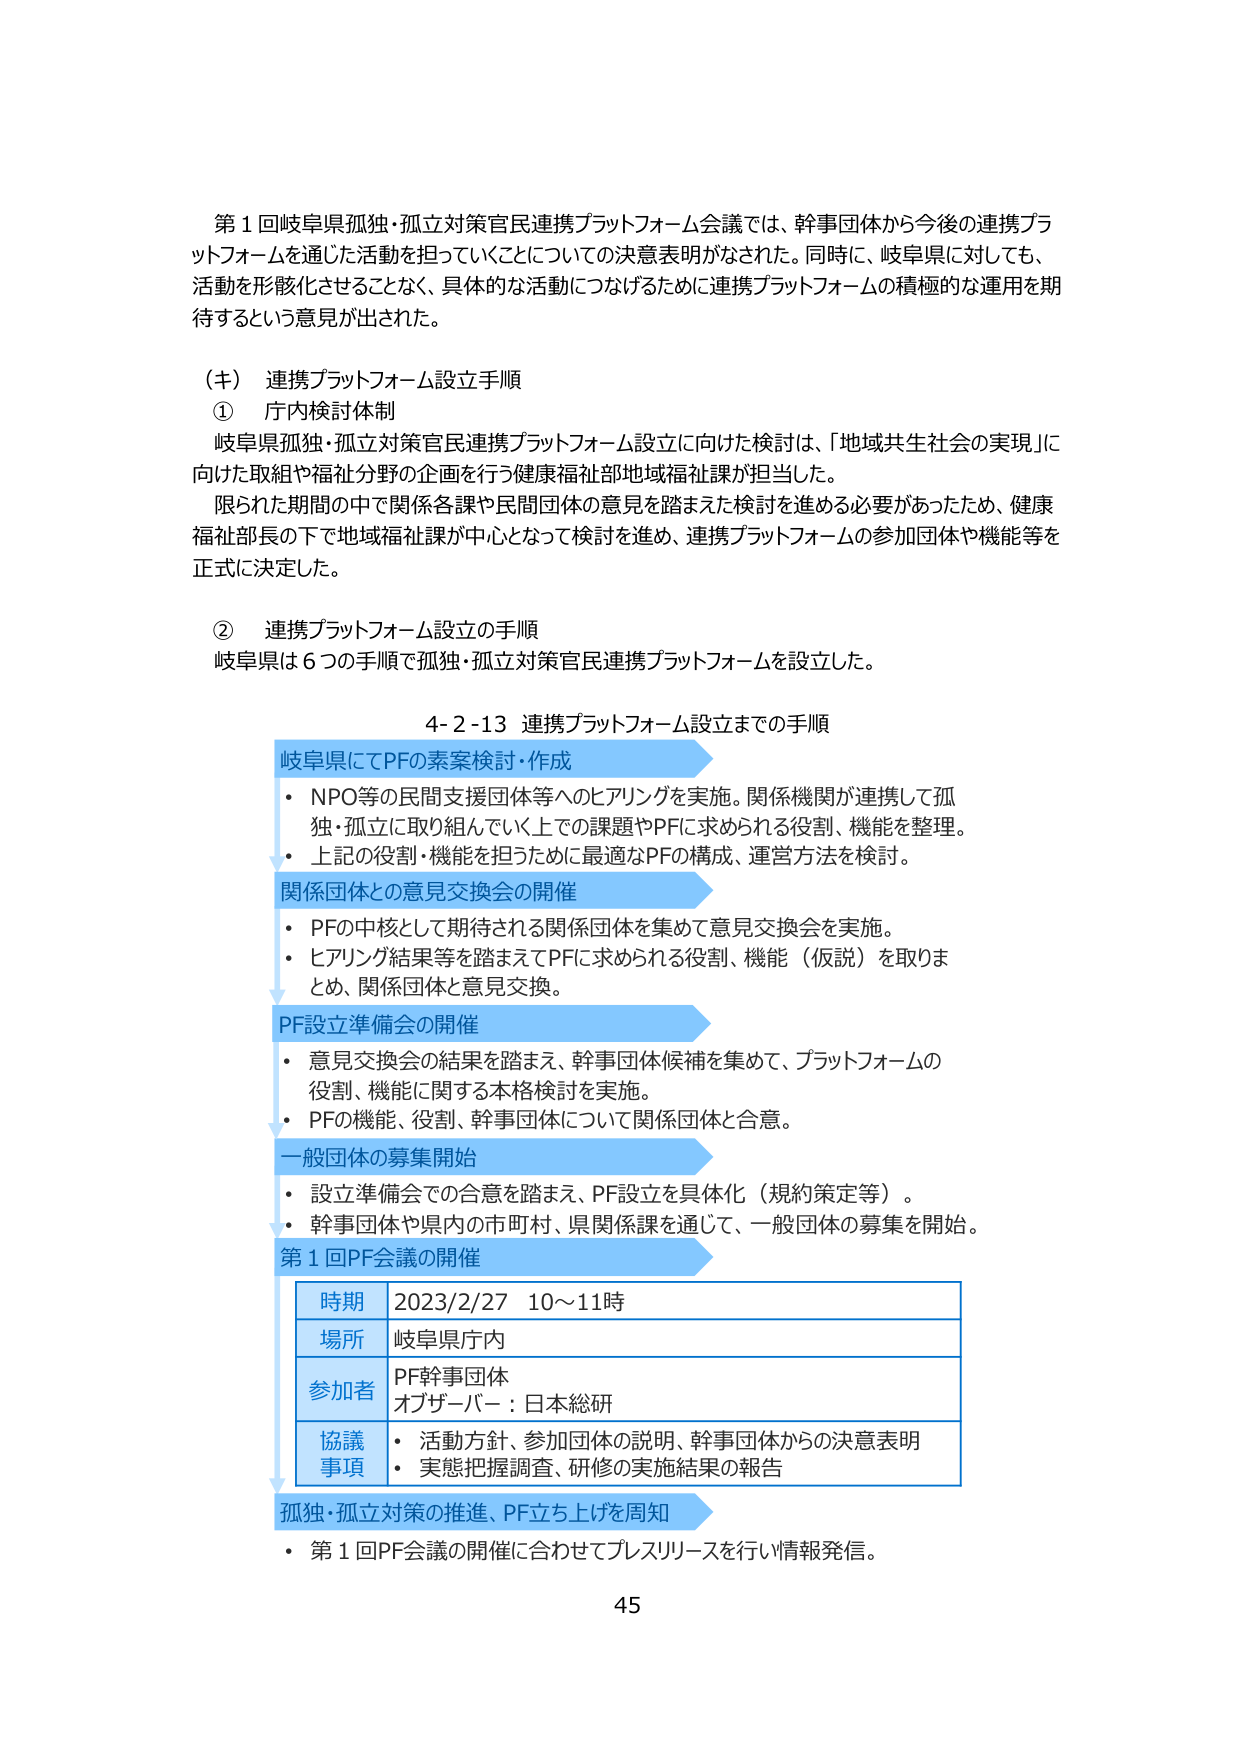
第１回岐阜県孤独・孤立対策官民連携プラットフォーム会議では、幹事団体から今後の連携プラットフォームを通じた活動を担っていくことについての決意表明がなされた。同時に、岐阜県に対しても、活動を形骸化させることなく、具体的な活動につなげるために連携プラットフォームの積極的な運用を期待するという意見が出された。

（キ） 連携プラットフォーム設立手順

① 庁内検討体制
岐阜県孤独・孤立対策官民連携プラットフォーム設立に向けた検討は、「地域共生社会の実現」に向けた取組や福祉分野の企画を行う健康福祉部地域福祉課が担当した。
限られた期間の中で関係各課や民間団体の意見を踏まえた検討を進める必要があったため、健康福祉部長の下で地域福祉課が中心となって検討を進め、連携プラットフォームの参加団体や機能等を正式に決定した。

② 連携プラットフォーム設立の手順
岐阜県は６つの手順で孤独・孤立対策官民連携プラットフォームを設立した。

4-2-13 連携プラットフォーム設立までの手順

岐阜県にてPFの素案検討・作成
・ NPO等の民間支援団体等へのヒアリングを実施。関係機関が連携して孤独・孤立に取り組んでいく上での課題やPFに求められる役割、機能を整理。
・ 上記の役割・機能を担うために最適なPFの構成、運営方法を検討。

関係団体との意見交換会の開催
・ PFの中核として期待される関係団体を集めて意見交換会を実施。
・ ヒアリング結果等を踏まえてPFに求められる役割、機能（仮説）を取りまとめ、関係団体と意見交換。

PF設立準備会の開催
・ 意見交換会の結果を踏まえ、幹事団体候補を集めて、プラットフォームの役割、機能に関する本格検討を実施。
・ PFの機能、役割、幹事団体について関係団体と合意。

一般団体の募集開始
・ 設立準備会での合意を踏まえ、PF設立を具体化（規約策定等）。
・ 幹事団体や県内の市町村、県関係課を通じて、一般団体の募集を開始。

第１回PF会議の開催
時期 2023/2/27 10～11時
場所 岐阜県庁内
参加者 PF幹事団体
オブザーバー：日本総研
協議事項
・ 活動方針、参加団体の説明、幹事団体からの決意表明
・ 実態把握調査、研修の実施結果の報告

孤独・孤立対策の推進、PF立ち上げを周知
・ 第１回PF会議の開催に合わせてプレスリリースを行い情報発信。

45